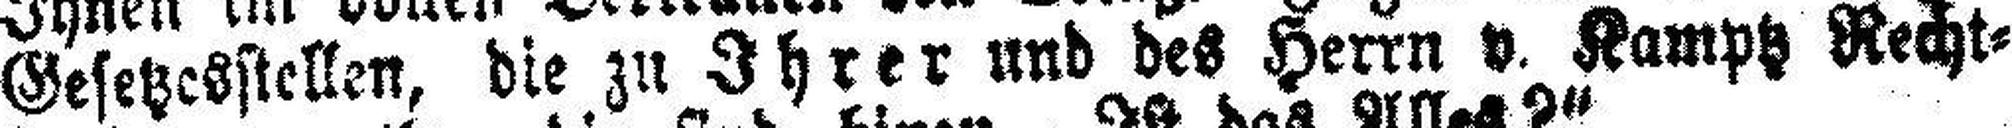
Gesetzesstellen, die zu Ihrer und des Herrn v. Kamptz Recht¬